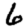
Digit: 6